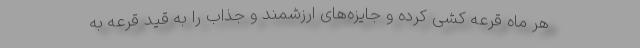
هر ماه قرعه کشی کرده و جایزه‌‌های ارزشمند و جذاب را به قید قرعه به